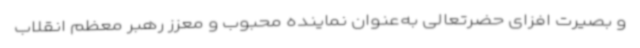
و بصیرت افزای حضرتعالی به‌عنوان نماینده محبوب و معزز رهبر معظم انقلاب